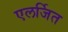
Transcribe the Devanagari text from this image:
एलर्जित